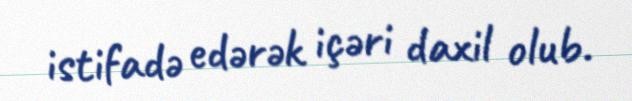
istifadə edərək içəri daxil olub.